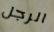
الرجل